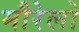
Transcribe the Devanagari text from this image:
मौरेलो